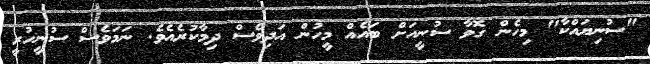
"ސުނިޔައްކާ" މިހެން ގޮވާ ސުނީއަށް ބައެއް މީހުން އަދިވެސް ދިމާކުރެއެވެ. ނަމަވެސް ސުނީހުރީ